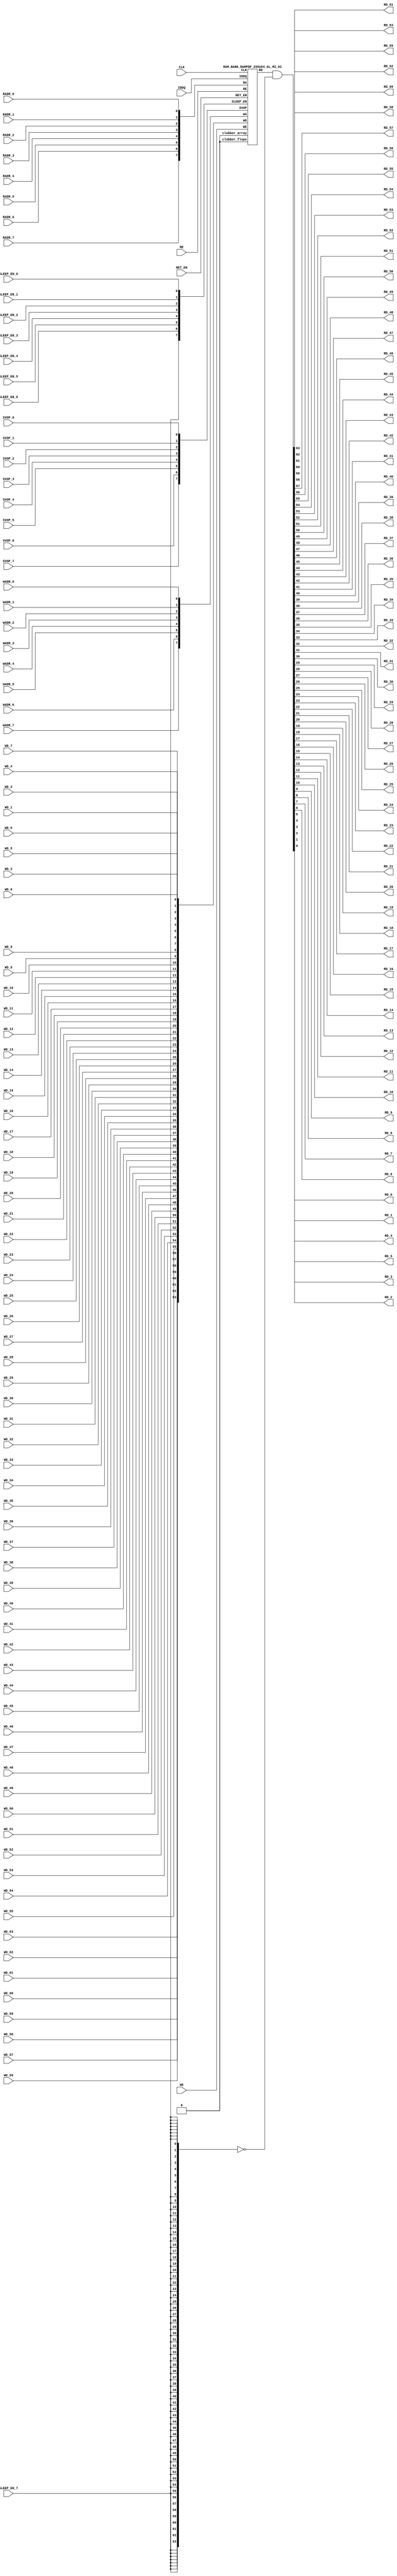
// ================================================================
// NVDLA Open Source Project
//
// Copyright(c) 2016 - 2017 NVIDIA Corporation. Licensed under the
// NVDLA Open Hardware License; Check "LICENSE" which comes with
// this distribution for more information.
// ================================================================
`ifdef EMULATION
 `define SYNTHESIS
`endif
`ifndef SYNTHESIS
 `ifdef FAULT_INJECTION
  `define SIM_and_FAULT
 `endif
`endif
`ifndef SYNTHESIS
 `ifdef MONITOR
  `define SIM_and_MONITOR
 `endif
`endif
`ifndef SYNTHESIS
`timescale 10ps/1ps
`endif
`celldefine
module RAMPDP_256X64_GL_M2_D2 ( WE, CLK, IDDQ, SVOP_0, SVOP_1, SVOP_2, SVOP_3, SVOP_4, SVOP_5, SVOP_6, SVOP_7
,WD_63, WD_62, WD_61, WD_60, WD_59, WD_58, WD_57, WD_56, WD_55, WD_54, WD_53, WD_52, WD_51, WD_50, WD_49, WD_48, WD_47, WD_46, WD_45, WD_44, WD_43, WD_42, WD_41, WD_40, WD_39, WD_38, WD_37, WD_36, WD_35, WD_34, WD_33, WD_32, WD_31, WD_30, WD_29, WD_28, WD_27, WD_26, WD_25, WD_24, WD_23, WD_22, WD_21, WD_20, WD_19, WD_18, WD_17, WD_16, WD_15, WD_14, WD_13, WD_12, WD_11, WD_10, WD_9, WD_8, WD_7, WD_6, WD_5, WD_4, WD_3, WD_2, WD_1, WD_0,RD_63, RD_62, RD_61, RD_60, RD_59, RD_58, RD_57, RD_56, RD_55, RD_54, RD_53, RD_52, RD_51, RD_50, RD_49, RD_48, RD_47, RD_46, RD_45, RD_44, RD_43, RD_42, RD_41, RD_40, RD_39, RD_38, RD_37, RD_36, RD_35, RD_34, RD_33, RD_32, RD_31, RD_30, RD_29, RD_28, RD_27, RD_26, RD_25, RD_24, RD_23, RD_22, RD_21, RD_20, RD_19, RD_18, RD_17, RD_16, RD_15, RD_14, RD_13, RD_12, RD_11, RD_10, RD_9, RD_8, RD_7, RD_6, RD_5, RD_4, RD_3, RD_2, RD_1, RD_0, RE
, RADR_7, RADR_6, RADR_5, RADR_4, RADR_3, RADR_2, RADR_1, RADR_0, WADR_7, WADR_6, WADR_5, WADR_4, WADR_3, WADR_2, WADR_1, WADR_0, SLEEP_EN_7, SLEEP_EN_6, SLEEP_EN_5, SLEEP_EN_4, SLEEP_EN_3, SLEEP_EN_2, SLEEP_EN_1, SLEEP_EN_0, RET_EN
);
// nvProps NoBus SLEEP_EN_
`ifndef RAM_INTERFACE
`ifndef SYNTHESIS
// Physical ram size defined as localparam
parameter phy_rows = 128;
parameter phy_cols = 128;
parameter phy_rcols_pos = 128'b00000000000000000000000000000000000000000000000000000000000000000000000000000000000000000000000000000000000000000000000000000000;
`endif //SYNTHESIS
`endif //RAM_INTERFACE
// Test mode control ports
input IDDQ;
// Clock port
input CLK;
// SVOP ports
input SVOP_0, SVOP_1, SVOP_2, SVOP_3, SVOP_4, SVOP_5, SVOP_6, SVOP_7;
// Write data ports
input WD_63, WD_62, WD_61, WD_60, WD_59, WD_58, WD_57, WD_56, WD_55, WD_54, WD_53, WD_52, WD_51, WD_50, WD_49, WD_48, WD_47, WD_46, WD_45, WD_44, WD_43, WD_42, WD_41, WD_40, WD_39, WD_38, WD_37, WD_36, WD_35, WD_34, WD_33, WD_32, WD_31, WD_30, WD_29, WD_28, WD_27, WD_26, WD_25, WD_24, WD_23, WD_22, WD_21, WD_20, WD_19, WD_18, WD_17, WD_16, WD_15, WD_14, WD_13, WD_12, WD_11, WD_10, WD_9, WD_8, WD_7, WD_6, WD_5, WD_4, WD_3, WD_2, WD_1, WD_0;
// Read data ports
output RD_63, RD_62, RD_61, RD_60, RD_59, RD_58, RD_57, RD_56, RD_55, RD_54, RD_53, RD_52, RD_51, RD_50, RD_49, RD_48, RD_47, RD_46, RD_45, RD_44, RD_43, RD_42, RD_41, RD_40, RD_39, RD_38, RD_37, RD_36, RD_35, RD_34, RD_33, RD_32, RD_31, RD_30, RD_29, RD_28, RD_27, RD_26, RD_25, RD_24, RD_23, RD_22, RD_21, RD_20, RD_19, RD_18, RD_17, RD_16, RD_15, RD_14, RD_13, RD_12, RD_11, RD_10, RD_9, RD_8, RD_7, RD_6, RD_5, RD_4, RD_3, RD_2, RD_1, RD_0;
// Read enable ports
input RE;
// Write enable ports
input WE;
// Read address ports
input RADR_7, RADR_6, RADR_5, RADR_4, RADR_3, RADR_2, RADR_1, RADR_0;
// Write address ports
input WADR_7, WADR_6, WADR_5, WADR_4, WADR_3, WADR_2, WADR_1, WADR_0;
// PG Zone enables
input SLEEP_EN_0, SLEEP_EN_1, SLEEP_EN_2, SLEEP_EN_3, SLEEP_EN_4, SLEEP_EN_5, SLEEP_EN_6, SLEEP_EN_7, RET_EN;
`ifndef RAM_INTERFACE
wire VDD = 1'b1;
wire GND = 1'b0;
// Combine the sleep enable pins into one bus
 wire [7:0] SLEEP_EN = {SLEEP_EN_7, SLEEP_EN_6, SLEEP_EN_5, SLEEP_EN_4, SLEEP_EN_3, SLEEP_EN_2, SLEEP_EN_1, SLEEP_EN_0};
// Signal to clamp the outputs when the VDD is power gated off.
 wire clamp_rd = SLEEP_EN[7] ;
// State point clobering signals
// X-out state points when their power goes out
    wire clobber_x;
`ifndef SYNTHESIS
`ifdef DISABLE_REPAIR_X
    wire check_x = (RET_EN ^ (^SLEEP_EN[7:0]) ^ SVOP_0 ^ SVOP_1 ^ SVOP_2 ^ SVOP_3 ^ SVOP_4 ^ SVOP_5 ^ SVOP_6 ^ SVOP_7);
`else
    wire check_x = (RET_EN ^ (^SLEEP_EN[7:0]) ^ SVOP_0 ^ SVOP_1 ^ SVOP_2 ^ SVOP_3 ^ SVOP_4 ^ SVOP_5 ^ SVOP_6 ^ SVOP_7 );
`endif
    assign clobber_x = ((check_x === 1'bx) || (check_x === 1'bz))?1'b1:1'b0;
    wire clobber_array = (~RET_EN & (|SLEEP_EN[3:0])) | clobber_x;
    wire clobber_flops = (|SLEEP_EN[7:4]) | clobber_x ;
`else //SYNTHESIS
    wire clobber_array = 1'b0;
    wire clobber_flops = 1'b0;
    assign clobber_x = 1'b0;
`endif //SYNTHESIS 
// Output valid signal
// Outputs are unknown in non-retention mode if VDDM is powered up , but VDD is not
    wire outvalid;
 assign outvalid = ~(clobber_x | (~RET_EN & (|SLEEP_EN[3:0]) & (|(~SLEEP_EN[7:4]))));
//assemble & rename wires
// Extend the MSB's of the read/write addresses to cover all the flop inputs
// The number of address flops is fixed. Also combine all the individual *_* bits into one bus
 wire [7:0] RA = {RADR_7, RADR_6, RADR_5, RADR_4, RADR_3, RADR_2, RADR_1, RADR_0};
 wire [7:0] WA = {WADR_7, WADR_6, WADR_5, WADR_4, WADR_3, WADR_2, WADR_1, WADR_0};
// Combine all the write data input bits
 wire [63:0] WD = {WD_63, WD_62, WD_61, WD_60, WD_59, WD_58, WD_57, WD_56, WD_55, WD_54, WD_53, WD_52, WD_51, WD_50, WD_49, WD_48, WD_47, WD_46, WD_45, WD_44, WD_43, WD_42, WD_41, WD_40, WD_39, WD_38, WD_37, WD_36, WD_35, WD_34, WD_33, WD_32, WD_31, WD_30, WD_29, WD_28, WD_27, WD_26, WD_25, WD_24, WD_23, WD_22, WD_21, WD_20, WD_19, WD_18, WD_17, WD_16, WD_15, WD_14, WD_13, WD_12, WD_11, WD_10, WD_9, WD_8, WD_7, WD_6, WD_5, WD_4, WD_3, WD_2, WD_1, WD_0};
 wire [63:0] RD;
// Expand the read data bus into individual output bits
// assign {RD_63, RD_62, RD_61, RD_60, RD_59, RD_58, RD_57, RD_56, RD_55, RD_54, RD_53, RD_52, RD_51, RD_50, RD_49, RD_48, RD_47, RD_46, RD_45, RD_44, RD_43, RD_42, RD_41, RD_40, RD_39, RD_38, RD_37, RD_36, RD_35, RD_34, RD_33, RD_32, RD_31, RD_30, RD_29, RD_28, RD_27, RD_26, RD_25, RD_24, RD_23, RD_22, RD_21, RD_20, RD_19, RD_18, RD_17, RD_16, RD_15, RD_14, RD_13, RD_12, RD_11, RD_10, RD_9, RD_8, RD_7, RD_6, RD_5, RD_4, RD_3, RD_2, RD_1, RD_0} = (outvalid) ? RD : 64'bx;
// Do the read data swizzing based on the number of words and bits.
`ifndef SYNTHESIS
 assign {RD_63, RD_62, RD_61, RD_60, RD_59, RD_58, RD_57, RD_56, RD_55, RD_54, RD_53, RD_52, RD_51, RD_50, RD_49, RD_48, RD_47, RD_46, RD_45, RD_44, RD_43, RD_42, RD_41, RD_40, RD_39, RD_38, RD_37, RD_36, RD_35, RD_34, RD_33, RD_32, RD_31, RD_30, RD_29, RD_28, RD_27, RD_26, RD_25, RD_24, RD_23, RD_22, RD_21, RD_20, RD_19, RD_18, RD_17, RD_16, RD_15, RD_14, RD_13, RD_12, RD_11, RD_10, RD_9, RD_8, RD_7, RD_6, RD_5, RD_4, RD_3, RD_2, RD_1, RD_0} = (outvalid) ? RD & ~{64{clamp_rd}} : 64'bx;
`else
 assign {RD_63, RD_62, RD_61, RD_60, RD_59, RD_58, RD_57, RD_56, RD_55, RD_54, RD_53, RD_52, RD_51, RD_50, RD_49, RD_48, RD_47, RD_46, RD_45, RD_44, RD_43, RD_42, RD_41, RD_40, RD_39, RD_38, RD_37, RD_36, RD_35, RD_34, RD_33, RD_32, RD_31, RD_30, RD_29, RD_28, RD_27, RD_26, RD_25, RD_24, RD_23, RD_22, RD_21, RD_20, RD_19, RD_18, RD_17, RD_16, RD_15, RD_14, RD_13, RD_12, RD_11, RD_10, RD_9, RD_8, RD_7, RD_6, RD_5, RD_4, RD_3, RD_2, RD_1, RD_0} = RD & ~{64{clamp_rd}};
`endif
 wire [7:0] SVOP = {SVOP_7, SVOP_6, SVOP_5, SVOP_4, SVOP_3, SVOP_2, SVOP_1, SVOP_0};
`ifndef EMULATION
// Instantiate memory bank
// This block defines the core functionality of the rams.
 RAM_BANK_RAMPDP_256X64_GL_M2_D2 ITOP ( WE, CLK, IDDQ, SVOP, WD, RD, RE, RA, WA
, SLEEP_EN
, RET_EN, clobber_array , clobber_flops
);
`ifndef SYNTHESIS
// Tasks for initializing the arrays
//VCS coverage off
always @(clobber_array) begin : clobber_array_block
    integer i;
    if (clobber_array) begin
     for (i=0; i<256; i=i+1) begin
       mem_wr_raw(i, {64{1'bx}});
  end
    end
end
always @(clobber_flops) begin
  if (clobber_flops) begin
      ITOP.RE_LATB <= 1'bx;
      ITOP.RE_FF <= 1'bx;
      ITOP.WE_LATB <= 1'bx;
      ITOP.WE_FF <= 1'bx;
      ITOP.RADR <= 8'bx;
      ITOP.WADR <= 8'bx;
      ITOP.WAFF <= 8'bx;
      ITOP.WDQ_pr <= 64'bx;
      ITOP.dout <= 64'bx;
  end
end
//VCS coverage on
//VCS coverage off
task mem_wr_raw;
  input [7:0] addr;
  input [63:0] data;
  begin
    if (addr[0] == 1'b0)
        ITOP.iow0.mem_wr_raw_subbank(addr[7:1], data);
    else if (addr[0] == 1'b1)
        ITOP.iow1.mem_wr_raw_subbank(addr[7:1], data);
  end
endtask
// Ramgen function for writing the arrays
task mem_write;
  input [7:0] addr;
  input [63:0] data;
  begin
    ITOP.mem_write_bank(addr,data);
  end
endtask
// Ramgen function for reading the arrays
function [63:0] mem_read;
input [7:0] addr;
  begin
        mem_read = ITOP.mem_read_bank(addr);
  end
endfunction
// Random only generates 32 bit value.
// If nbits > 32, call it multiple times
// Old random fill fills all memory locations with same random value
task mem_fill_random;
 reg [63:0] val;
 integer i;
 begin
  for (i=0; i<256; i=i+1) begin
      val = {$random, $random};
      mem_wr_raw(i, val);
  end
 end
endtask
// Fill the memory with a given bit value
task mem_fill_value;
    input fill_bit;
 reg [63:0] val;
    integer i;
    begin
        val = {64{fill_bit}};
        for (i=0; i<256; i=i+1) begin
      mem_wr_raw(i, val);
        end
    end
endtask
// read logical address and feed into salat
task force_rd;
input [7:0] addr;
 reg [63:0] rd;
 `ifdef USE_RAMINIT_LIBS
 reg raminit_active, raminit_argcheck, raminit_debug, raminit_enable, raminit_random, raminit_invert,
     raminit_val, raminit_waitclock, raminit_use_force;
 real raminit_delay_ns, raminit_waitclock_check_ns;
 initial
 begin
   raminit_active = 0; // default is inactive (plusarg to active the ram init functionality)
   raminit_argcheck = 0; // default is no plusargs check (apart from raminit_active and raminit_argcheck)
   raminit_debug = 0; // default is no debug messages
   raminit_enable = 0; // default is no init (variable indicating if the ram init functionality is enabled for this instance)
   raminit_random = 0; // default is no random init
   raminit_invert = 0; // default is not to invert the init value
   raminit_val = 0; // default init value is zero
   raminit_waitclock = 0; // default is not to wait to clock to be non-X
   raminit_use_force = 1; // default is to use force/release
   raminit_delay_ns = `ifdef NV_TOP_RESET_ON_DELAY (`NV_TOP_RESET_ON_DELAY+2) `else 3 `endif; // default is 2ns after nv_top_reset_ goes low or ram clock is not X
   raminit_waitclock_check_ns = `ifdef NV_TOP_RESET_OFF_DELAY (`NV_TOP_RESET_OFF_DELAY) `else 0 `endif; // default is when nv_top_reset_ goes high
   $value$plusargs("raminit_active=%d", raminit_active);
   $value$plusargs("raminit_argcheck=%d", raminit_argcheck);
   if (raminit_argcheck)
   begin
// The following variables are not usually used as plusargs, but instead set through add_inst_array calls or the init_inst_file.
     $value$plusargs("raminit_debug=%d", raminit_debug);
     $value$plusargs("raminit_enable=%d", raminit_enable);
     $value$plusargs("raminit_random=%d", raminit_random);
     $value$plusargs("raminit_invert=%d", raminit_invert);
     $value$plusargs("raminit_val=%d", raminit_val);
     $value$plusargs("raminit_waitclock=%d", raminit_waitclock);
     $value$plusargs("raminit_delay_ns=%f", raminit_delay_ns);
     $value$plusargs("raminit_waitclock_check_ns=%f", raminit_waitclock_check_ns);
     $value$plusargs("raminit_use_force=%d", raminit_use_force);
   end
   `ifdef INST_CHECK
   `INST_CHECK(ram_inst_check0,raminit_active,raminit_debug,raminit_enable,raminit_random,raminit_val,raminit_invert,raminit_waitclock,raminit_delay_ns,raminit_waitclock_check_ns);
   `endif
   if (!raminit_active) raminit_enable = 0;
   else if (raminit_enable)
   begin
     if (raminit_random) raminit_val = `ifdef NO_PLI 1'b0 `else $RollPLI(0,1) `endif;
     if (raminit_invert) raminit_val = ~raminit_val;
   end
   if (raminit_debug)
   begin
     $display("%m: raminit_active              = %d", raminit_active);
     $display("%m: raminit_argcheck            = %d", raminit_argcheck);
     $display("%m: raminit_debug               = %d", raminit_debug);
     $display("%m: raminit_enable              = %d", raminit_enable);
     $display("%m: raminit_random              = %d", raminit_random);
     $display("%m: raminit_invert              = %d", raminit_invert);
     $display("%m: raminit_val                 = %d", raminit_val);
     $display("%m: raminit_waitclock           = %d", raminit_waitclock);
     $display("%m: raminit_delay_ns            = %f ns", raminit_delay_ns);
     $display("%m: raminit_waitclock_check_ns  = %f ns", raminit_waitclock_check_ns);
     $display("%m: raminit_use_force           = %d", raminit_use_force);
   end
 end
 `endif
 `ifdef USE_RAMINIT_LIBS
// init rd
 task init_rd_regs;
 begin
   #0; // wait for raminit variables to be set
   if (raminit_enable)
   begin : raminit_val_blk
     reg [64-1:0] raminit_fullval;
     if (raminit_random) raminit_fullval = `ifdef NO_PLI {64 {1'b1}} `else { $RollPLI(0,{32{1'b1}}), $RollPLI(0,{32{1'b1}}) } `endif ;
     else raminit_fullval = {64 {raminit_val}};
     if (raminit_invert) raminit_fullval = ~raminit_fullval;
     if (raminit_use_force) force rd = raminit_fullval;
     if (raminit_waitclock) wait ( !== 1'bx);
     #(raminit_delay_ns*100);
     `ifdef INST_WAITCLOCK_CHECK
     `INST_WAITCLOCK_CHECK(waitclock_inst_check0,raminit_waitclock,raminit_waitclock_check_ns,100)
     `endif
     if (raminit_use_force) release rd;
     rd = raminit_fullval;
   end
 end
 endtask
 initial begin init_rd_regs(); end
 `ifdef RAMINIT_TRIGGER
 always @(`RAMINIT_TRIGGER) init_rd_regs();
 `endif
 `endif // `ifdef USE_RAMINIT_LIBS
 begin
        if (addr[0] == 1'b0)
            rd = ITOP.iow0.mem_read_raw_subbank(addr[7:1]);
        else if (addr[0] == 1'b1)
            rd = ITOP.iow1.mem_read_raw_subbank(addr[7:1]);
  ITOP.dout = rd;
 end
endtask
`ifdef MEM_PHYS_INFO
//function for physical array read row, takes physical address
function [127:0] mem_phys_read_padr;
input [6:0] addr;
 reg [127:0] rd_row;
 `ifdef USE_RAMINIT_LIBS
// init rd_row
 task init_rd_row_regs;
 begin
   #0; // wait for raminit variables to be set
   if (raminit_enable)
   begin : raminit_val_blk
     reg [128-1:0] raminit_fullval;
     if (raminit_random) raminit_fullval = `ifdef NO_PLI {128 {1'b1}} `else { $RollPLI(0,{32{1'b1}}), $RollPLI(0,{32{1'b1}}), $RollPLI(0,{32{1'b1}}), $RollPLI(0,{32{1'b1}}) } `endif ;
     else raminit_fullval = {128 {raminit_val}};
     if (raminit_invert) raminit_fullval = ~raminit_fullval;
     if (raminit_use_force) force rd_row = raminit_fullval;
     if (raminit_waitclock) wait ( !== 1'bx);
     #(raminit_delay_ns*100);
     `ifdef INST_WAITCLOCK_CHECK
     `INST_WAITCLOCK_CHECK(waitclock_inst_check1,raminit_waitclock,raminit_waitclock_check_ns,100)
     `endif
     if (raminit_use_force) release rd_row;
     rd_row = raminit_fullval;
   end
 end
 endtask
 initial begin init_rd_row_regs(); end
 `ifdef RAMINIT_TRIGGER
 always @(`RAMINIT_TRIGGER) init_rd_row_regs();
 `endif
 `endif // `ifdef USE_RAMINIT_LIBS
 reg [63:0] rd[1:0];
 integer i;
 begin
        rd[0] = ITOP.iow0.mem_read_raw_subbank(addr);
        rd[1] = ITOP.iow1.mem_read_raw_subbank(addr);
        for (i=0; i<=63; i=i+1) begin
            rd_row[i*2+0] = rd[0][i];
            rd_row[i*2+1] = rd[1][i];
  end
  mem_phys_read_padr = rd_row;
 end
endfunction
//function for physical array read row, takes logical address
function [127:0] mem_phys_read_ladr;
input [7:0] addr;
    reg [6:0] paddr;
 reg [127:0] rd_row;
 `ifdef USE_RAMINIT_LIBS
// init rd_row
 task init_rd_row_regs;
 begin
   #0; // wait for raminit variables to be set
   if (raminit_enable)
   begin : raminit_val_blk
     reg [128-1:0] raminit_fullval;
     if (raminit_random) raminit_fullval = `ifdef NO_PLI {128 {1'b1}} `else { $RollPLI(0,{32{1'b1}}), $RollPLI(0,{32{1'b1}}), $RollPLI(0,{32{1'b1}}), $RollPLI(0,{32{1'b1}}) } `endif ;
     else raminit_fullval = {128 {raminit_val}};
     if (raminit_invert) raminit_fullval = ~raminit_fullval;
     if (raminit_use_force) force rd_row = raminit_fullval;
     if (raminit_waitclock) wait ( !== 1'bx);
     #(raminit_delay_ns*100);
     `ifdef INST_WAITCLOCK_CHECK
     `INST_WAITCLOCK_CHECK(waitclock_inst_check2,raminit_waitclock,raminit_waitclock_check_ns,100)
     `endif
     if (raminit_use_force) release rd_row;
     rd_row = raminit_fullval;
   end
 end
 endtask
 initial begin init_rd_row_regs(); end
 `ifdef RAMINIT_TRIGGER
 always @(`RAMINIT_TRIGGER) init_rd_row_regs();
 `endif
 `endif // `ifdef USE_RAMINIT_LIBS
 reg [63:0] rd[1:0];
 integer i;
 begin
        paddr = (addr >> 1);
        rd[0] = ITOP.iow0.mem_read_raw_subbank(paddr);
        rd[1] = ITOP.iow1.mem_read_raw_subbank(paddr);
        for (i=0; i<=63; i=i+1) begin
            rd_row[i*2+0] = rd[0][i];
            rd_row[i*2+1] = rd[1][i];
  end
  mem_phys_read_ladr = rd_row;
 end
endfunction
//function for physical array read row with column masking, takes logical address
function [127:0] mem_phys_read_pmasked;
input [7:0] addr;
   reg [127:0] rd_row;
   `ifdef USE_RAMINIT_LIBS
// init rd_row
   task init_rd_row_regs;
   begin
     #0; // wait for raminit variables to be set
     if (raminit_enable)
     begin : raminit_val_blk
       reg [128-1:0] raminit_fullval;
       if (raminit_random) raminit_fullval = `ifdef NO_PLI {128 {1'b1}} `else { $RollPLI(0,{32{1'b1}}), $RollPLI(0,{32{1'b1}}), $RollPLI(0,{32{1'b1}}), $RollPLI(0,{32{1'b1}}) } `endif ;
       else raminit_fullval = {128 {raminit_val}};
       if (raminit_invert) raminit_fullval = ~raminit_fullval;
       if (raminit_use_force) force rd_row = raminit_fullval;
       if (raminit_waitclock) wait ( !== 1'bx);
       #(raminit_delay_ns*100);
       `ifdef INST_WAITCLOCK_CHECK
       `INST_WAITCLOCK_CHECK(waitclock_inst_check3,raminit_waitclock,raminit_waitclock_check_ns,100)
       `endif
       if (raminit_use_force) release rd_row;
       rd_row = raminit_fullval;
     end
   end
   endtask
   initial begin init_rd_row_regs(); end
   `ifdef RAMINIT_TRIGGER
   always @(`RAMINIT_TRIGGER) init_rd_row_regs();
   `endif
   `endif // `ifdef USE_RAMINIT_LIBS
   reg [63:0] rd[1 : 0];
   integer i;
   begin
        rd[0] = (addr[0:0] === 0) ? ITOP.iow0.mem_read_raw_subbank(addr[7:1]) : 64'bx;
        rd[1] = (addr[0:0] === 1) ? ITOP.iow1.mem_read_raw_subbank(addr[7:1]) : 64'bx;
        for (i=0; i<=63; i=i+1) begin
            rd_row[i*2+0] = rd[0][i];
            rd_row[i*2+1] = rd[1][i];
        end
        mem_phys_read_pmasked = rd_row;
    end
endfunction
//Task for physical array write row, takes physical address
task mem_phys_write;
input [6:0] addr;
input [127:0] data;
 reg [63:0] wr[1:0];
 integer i;
 begin
        for (i=0; i<=63; i=i+1) begin
            wr[0][i] = data[i*2+0];
            wr[1][i] = data[i*2+1];
  end
        ITOP.iow0.mem_wr_raw_subbank(addr,wr[0]);
        ITOP.iow1.mem_wr_raw_subbank(addr,wr[1]);
 end
endtask
// Function to return a physical address given a logical address input.
function [6:0] mem_log_to_phys_adr;
input [7:0] addr;
    begin
        mem_log_to_phys_adr = (addr >> 1) ;
    end
endfunction
`endif //MEM_PHYS_INFO
`ifdef MONITOR
// Monitor dump trigger
reg dump_monitor_result;
initial begin : init_monitor
  dump_monitor_result = 1'b0;
end
task monitor_on;
    begin
  ITOP.iow0.monitor_on = 1'b1;
  ITOP.iow1.monitor_on = 1'b1;
   end
endtask
task monitor_off;
    begin
  ITOP.iow0.monitor_on = 1'b0;
  ITOP.iow1.monitor_on = 1'b0;
        dump_monitor_result = 1'b1;
    end
endtask
// read bit_written monitor row by physical address from subarray
function [127:0] mon_bit_w;
input [6:0] addr;
 reg [127:0] mon_row;
 reg [63:0] mon_word[1:0];
 integer i;
 begin
// read all monitor words for a row
  mon_word[0] = ITOP.iow0.bit_written[addr];
  mon_word[1] = ITOP.iow1.bit_written[addr];
// combine all 2 words to a row
  for (i=0; i<=63; i=i+1) begin
   mon_row[i*2+0] = mon_word[0][i];
   mon_row[i*2+1] = mon_word[1][i];
  end
  mon_bit_w = mon_row;
 end
endfunction
// read bit_read monitor word by address from subarray
function [127:0] mon_bit_r;
input [6:0] addr;
 reg [127:0] mon_row;
 reg [63:0] mon_word[1:0];
 integer i;
 begin
// read all monitor words for a row
  mon_word[0] = ITOP.iow0.bit_read[addr];
  mon_word[1] = ITOP.iow1.bit_read[addr];
// combine all 2 words to a row
  for (i=0; i<=63; i=i+1) begin
   mon_row[i*2+0] = mon_word[0][i];
   mon_row[i*2+1] = mon_word[1][i];
  end
  mon_bit_r = mon_row;
 end
endfunction
// read word_written monitor row by physical address from subarray
function mon_word_w;
input [6:0] addr;
 reg mon_word[1:0];
 integer i;
 begin
// read all monitor words for a row
  mon_word[0] = ITOP.iow0.word_written[addr];
  mon_word[1] = ITOP.iow1.word_written[addr];
// combine all 2 words to a row
  mon_word_w = mon_word[0] | mon_word[1] ;
 end
endfunction
// read word_read monitor row by physical address from subarray
function mon_word_r;
input [6:0] addr;
 reg mon_word[1:0];
 integer i;
 begin
// read all monitor words for a row
  mon_word[0] = ITOP.iow0.word_read[addr];
  mon_word[1] = ITOP.iow1.word_read[addr];
// combine all 2 words to a row
  mon_word_r = mon_word[0] | mon_word[1] ;
 end
endfunction
always @(dump_monitor_result) begin : dump_monitor
 integer i;
 integer j;
 reg [127:0] tmp_row;
    reg tmp_bit;
 if (dump_monitor_result == 1'b1) begin
     $display("Exercised coverage summary:");
        $display("\t%m rows unwritten:");
        for(i=0;i<=128;i=i+1) begin
   tmp_bit = mon_word_w(i);
            if (tmp_bit !== 1) $display("\t\trow %d", i);
  end
        $display("\t%m rows unread:");
        for(i=0;i<=128;i=i+1) begin
   tmp_bit = mon_word_r(i);
            if (tmp_bit !== 1) $display("\t\trow %d", i);
  end
  $display("\t%m bits not written as 0:");
  for (i=0; i<128; i=i+1) begin
   tmp_row = mon_bit_w(i);
   for (j=0; j<128; j=j+1) begin
    if (tmp_row[j] !== 1'b0 && tmp_row[j] !== 1'bz) $display("\t\t[row,bit] [%d,%d]", i, j);
   end
  end
  $display("\t%m bits not written as 1:");
  for (i=0; i<128; i=i+1) begin
   tmp_row = mon_bit_w(i);
   for (j=0; j<128; j=j+1) begin
    if (tmp_row[j] !== 1'b1 && tmp_row[j] !== 1'bz) $display("\t\t[row,bit] [%d,%d]", i, j);
   end
  end
  $display("\t%m bits not read as 0:");
  for (i=0; i<128; i=i+1) begin
   tmp_row = mon_bit_r(i);
   for (j=0; j<128; j=j+1) begin
    if (tmp_row[j] !== 1'b0 && tmp_row[j] !== 1'bz) $display("\t\t[row,bit] [%d,%d]", i, j);
   end
  end
  $display("\t%m bits not read as 1:");
  for (i=0; i<128; i=i+1) begin
   tmp_row = mon_bit_r(i);
   for (j=0; j<128; j=j+1) begin
    if (tmp_row[j] !== 1'b1 && tmp_row[j] !== 1'bz) $display("\t\t[row,bit] [%d,%d]", i, j);
   end
  end
  dump_monitor_result = 1'b0;
 end
end
//VCS coverage on
`endif // MONITOR
`ifdef NV_RAM_EXPAND_ARRAY
wire [63:0] Q_0 = ITOP.iow0.arr[0];
wire [63:0] Q_1 = ITOP.iow1.arr[0];
wire [63:0] Q_2 = ITOP.iow0.arr[1];
wire [63:0] Q_3 = ITOP.iow1.arr[1];
wire [63:0] Q_4 = ITOP.iow0.arr[2];
wire [63:0] Q_5 = ITOP.iow1.arr[2];
wire [63:0] Q_6 = ITOP.iow0.arr[3];
wire [63:0] Q_7 = ITOP.iow1.arr[3];
wire [63:0] Q_8 = ITOP.iow0.arr[4];
wire [63:0] Q_9 = ITOP.iow1.arr[4];
wire [63:0] Q_10 = ITOP.iow0.arr[5];
wire [63:0] Q_11 = ITOP.iow1.arr[5];
wire [63:0] Q_12 = ITOP.iow0.arr[6];
wire [63:0] Q_13 = ITOP.iow1.arr[6];
wire [63:0] Q_14 = ITOP.iow0.arr[7];
wire [63:0] Q_15 = ITOP.iow1.arr[7];
wire [63:0] Q_16 = ITOP.iow0.arr[8];
wire [63:0] Q_17 = ITOP.iow1.arr[8];
wire [63:0] Q_18 = ITOP.iow0.arr[9];
wire [63:0] Q_19 = ITOP.iow1.arr[9];
wire [63:0] Q_20 = ITOP.iow0.arr[10];
wire [63:0] Q_21 = ITOP.iow1.arr[10];
wire [63:0] Q_22 = ITOP.iow0.arr[11];
wire [63:0] Q_23 = ITOP.iow1.arr[11];
wire [63:0] Q_24 = ITOP.iow0.arr[12];
wire [63:0] Q_25 = ITOP.iow1.arr[12];
wire [63:0] Q_26 = ITOP.iow0.arr[13];
wire [63:0] Q_27 = ITOP.iow1.arr[13];
wire [63:0] Q_28 = ITOP.iow0.arr[14];
wire [63:0] Q_29 = ITOP.iow1.arr[14];
wire [63:0] Q_30 = ITOP.iow0.arr[15];
wire [63:0] Q_31 = ITOP.iow1.arr[15];
wire [63:0] Q_32 = ITOP.iow0.arr[16];
wire [63:0] Q_33 = ITOP.iow1.arr[16];
wire [63:0] Q_34 = ITOP.iow0.arr[17];
wire [63:0] Q_35 = ITOP.iow1.arr[17];
wire [63:0] Q_36 = ITOP.iow0.arr[18];
wire [63:0] Q_37 = ITOP.iow1.arr[18];
wire [63:0] Q_38 = ITOP.iow0.arr[19];
wire [63:0] Q_39 = ITOP.iow1.arr[19];
wire [63:0] Q_40 = ITOP.iow0.arr[20];
wire [63:0] Q_41 = ITOP.iow1.arr[20];
wire [63:0] Q_42 = ITOP.iow0.arr[21];
wire [63:0] Q_43 = ITOP.iow1.arr[21];
wire [63:0] Q_44 = ITOP.iow0.arr[22];
wire [63:0] Q_45 = ITOP.iow1.arr[22];
wire [63:0] Q_46 = ITOP.iow0.arr[23];
wire [63:0] Q_47 = ITOP.iow1.arr[23];
wire [63:0] Q_48 = ITOP.iow0.arr[24];
wire [63:0] Q_49 = ITOP.iow1.arr[24];
wire [63:0] Q_50 = ITOP.iow0.arr[25];
wire [63:0] Q_51 = ITOP.iow1.arr[25];
wire [63:0] Q_52 = ITOP.iow0.arr[26];
wire [63:0] Q_53 = ITOP.iow1.arr[26];
wire [63:0] Q_54 = ITOP.iow0.arr[27];
wire [63:0] Q_55 = ITOP.iow1.arr[27];
wire [63:0] Q_56 = ITOP.iow0.arr[28];
wire [63:0] Q_57 = ITOP.iow1.arr[28];
wire [63:0] Q_58 = ITOP.iow0.arr[29];
wire [63:0] Q_59 = ITOP.iow1.arr[29];
wire [63:0] Q_60 = ITOP.iow0.arr[30];
wire [63:0] Q_61 = ITOP.iow1.arr[30];
wire [63:0] Q_62 = ITOP.iow0.arr[31];
wire [63:0] Q_63 = ITOP.iow1.arr[31];
wire [63:0] Q_64 = ITOP.iow0.arr[32];
wire [63:0] Q_65 = ITOP.iow1.arr[32];
wire [63:0] Q_66 = ITOP.iow0.arr[33];
wire [63:0] Q_67 = ITOP.iow1.arr[33];
wire [63:0] Q_68 = ITOP.iow0.arr[34];
wire [63:0] Q_69 = ITOP.iow1.arr[34];
wire [63:0] Q_70 = ITOP.iow0.arr[35];
wire [63:0] Q_71 = ITOP.iow1.arr[35];
wire [63:0] Q_72 = ITOP.iow0.arr[36];
wire [63:0] Q_73 = ITOP.iow1.arr[36];
wire [63:0] Q_74 = ITOP.iow0.arr[37];
wire [63:0] Q_75 = ITOP.iow1.arr[37];
wire [63:0] Q_76 = ITOP.iow0.arr[38];
wire [63:0] Q_77 = ITOP.iow1.arr[38];
wire [63:0] Q_78 = ITOP.iow0.arr[39];
wire [63:0] Q_79 = ITOP.iow1.arr[39];
wire [63:0] Q_80 = ITOP.iow0.arr[40];
wire [63:0] Q_81 = ITOP.iow1.arr[40];
wire [63:0] Q_82 = ITOP.iow0.arr[41];
wire [63:0] Q_83 = ITOP.iow1.arr[41];
wire [63:0] Q_84 = ITOP.iow0.arr[42];
wire [63:0] Q_85 = ITOP.iow1.arr[42];
wire [63:0] Q_86 = ITOP.iow0.arr[43];
wire [63:0] Q_87 = ITOP.iow1.arr[43];
wire [63:0] Q_88 = ITOP.iow0.arr[44];
wire [63:0] Q_89 = ITOP.iow1.arr[44];
wire [63:0] Q_90 = ITOP.iow0.arr[45];
wire [63:0] Q_91 = ITOP.iow1.arr[45];
wire [63:0] Q_92 = ITOP.iow0.arr[46];
wire [63:0] Q_93 = ITOP.iow1.arr[46];
wire [63:0] Q_94 = ITOP.iow0.arr[47];
wire [63:0] Q_95 = ITOP.iow1.arr[47];
wire [63:0] Q_96 = ITOP.iow0.arr[48];
wire [63:0] Q_97 = ITOP.iow1.arr[48];
wire [63:0] Q_98 = ITOP.iow0.arr[49];
wire [63:0] Q_99 = ITOP.iow1.arr[49];
wire [63:0] Q_100 = ITOP.iow0.arr[50];
wire [63:0] Q_101 = ITOP.iow1.arr[50];
wire [63:0] Q_102 = ITOP.iow0.arr[51];
wire [63:0] Q_103 = ITOP.iow1.arr[51];
wire [63:0] Q_104 = ITOP.iow0.arr[52];
wire [63:0] Q_105 = ITOP.iow1.arr[52];
wire [63:0] Q_106 = ITOP.iow0.arr[53];
wire [63:0] Q_107 = ITOP.iow1.arr[53];
wire [63:0] Q_108 = ITOP.iow0.arr[54];
wire [63:0] Q_109 = ITOP.iow1.arr[54];
wire [63:0] Q_110 = ITOP.iow0.arr[55];
wire [63:0] Q_111 = ITOP.iow1.arr[55];
wire [63:0] Q_112 = ITOP.iow0.arr[56];
wire [63:0] Q_113 = ITOP.iow1.arr[56];
wire [63:0] Q_114 = ITOP.iow0.arr[57];
wire [63:0] Q_115 = ITOP.iow1.arr[57];
wire [63:0] Q_116 = ITOP.iow0.arr[58];
wire [63:0] Q_117 = ITOP.iow1.arr[58];
wire [63:0] Q_118 = ITOP.iow0.arr[59];
wire [63:0] Q_119 = ITOP.iow1.arr[59];
wire [63:0] Q_120 = ITOP.iow0.arr[60];
wire [63:0] Q_121 = ITOP.iow1.arr[60];
wire [63:0] Q_122 = ITOP.iow0.arr[61];
wire [63:0] Q_123 = ITOP.iow1.arr[61];
wire [63:0] Q_124 = ITOP.iow0.arr[62];
wire [63:0] Q_125 = ITOP.iow1.arr[62];
wire [63:0] Q_126 = ITOP.iow0.arr[63];
wire [63:0] Q_127 = ITOP.iow1.arr[63];
wire [63:0] Q_128 = ITOP.iow0.arr[64];
wire [63:0] Q_129 = ITOP.iow1.arr[64];
wire [63:0] Q_130 = ITOP.iow0.arr[65];
wire [63:0] Q_131 = ITOP.iow1.arr[65];
wire [63:0] Q_132 = ITOP.iow0.arr[66];
wire [63:0] Q_133 = ITOP.iow1.arr[66];
wire [63:0] Q_134 = ITOP.iow0.arr[67];
wire [63:0] Q_135 = ITOP.iow1.arr[67];
wire [63:0] Q_136 = ITOP.iow0.arr[68];
wire [63:0] Q_137 = ITOP.iow1.arr[68];
wire [63:0] Q_138 = ITOP.iow0.arr[69];
wire [63:0] Q_139 = ITOP.iow1.arr[69];
wire [63:0] Q_140 = ITOP.iow0.arr[70];
wire [63:0] Q_141 = ITOP.iow1.arr[70];
wire [63:0] Q_142 = ITOP.iow0.arr[71];
wire [63:0] Q_143 = ITOP.iow1.arr[71];
wire [63:0] Q_144 = ITOP.iow0.arr[72];
wire [63:0] Q_145 = ITOP.iow1.arr[72];
wire [63:0] Q_146 = ITOP.iow0.arr[73];
wire [63:0] Q_147 = ITOP.iow1.arr[73];
wire [63:0] Q_148 = ITOP.iow0.arr[74];
wire [63:0] Q_149 = ITOP.iow1.arr[74];
wire [63:0] Q_150 = ITOP.iow0.arr[75];
wire [63:0] Q_151 = ITOP.iow1.arr[75];
wire [63:0] Q_152 = ITOP.iow0.arr[76];
wire [63:0] Q_153 = ITOP.iow1.arr[76];
wire [63:0] Q_154 = ITOP.iow0.arr[77];
wire [63:0] Q_155 = ITOP.iow1.arr[77];
wire [63:0] Q_156 = ITOP.iow0.arr[78];
wire [63:0] Q_157 = ITOP.iow1.arr[78];
wire [63:0] Q_158 = ITOP.iow0.arr[79];
wire [63:0] Q_159 = ITOP.iow1.arr[79];
wire [63:0] Q_160 = ITOP.iow0.arr[80];
wire [63:0] Q_161 = ITOP.iow1.arr[80];
wire [63:0] Q_162 = ITOP.iow0.arr[81];
wire [63:0] Q_163 = ITOP.iow1.arr[81];
wire [63:0] Q_164 = ITOP.iow0.arr[82];
wire [63:0] Q_165 = ITOP.iow1.arr[82];
wire [63:0] Q_166 = ITOP.iow0.arr[83];
wire [63:0] Q_167 = ITOP.iow1.arr[83];
wire [63:0] Q_168 = ITOP.iow0.arr[84];
wire [63:0] Q_169 = ITOP.iow1.arr[84];
wire [63:0] Q_170 = ITOP.iow0.arr[85];
wire [63:0] Q_171 = ITOP.iow1.arr[85];
wire [63:0] Q_172 = ITOP.iow0.arr[86];
wire [63:0] Q_173 = ITOP.iow1.arr[86];
wire [63:0] Q_174 = ITOP.iow0.arr[87];
wire [63:0] Q_175 = ITOP.iow1.arr[87];
wire [63:0] Q_176 = ITOP.iow0.arr[88];
wire [63:0] Q_177 = ITOP.iow1.arr[88];
wire [63:0] Q_178 = ITOP.iow0.arr[89];
wire [63:0] Q_179 = ITOP.iow1.arr[89];
wire [63:0] Q_180 = ITOP.iow0.arr[90];
wire [63:0] Q_181 = ITOP.iow1.arr[90];
wire [63:0] Q_182 = ITOP.iow0.arr[91];
wire [63:0] Q_183 = ITOP.iow1.arr[91];
wire [63:0] Q_184 = ITOP.iow0.arr[92];
wire [63:0] Q_185 = ITOP.iow1.arr[92];
wire [63:0] Q_186 = ITOP.iow0.arr[93];
wire [63:0] Q_187 = ITOP.iow1.arr[93];
wire [63:0] Q_188 = ITOP.iow0.arr[94];
wire [63:0] Q_189 = ITOP.iow1.arr[94];
wire [63:0] Q_190 = ITOP.iow0.arr[95];
wire [63:0] Q_191 = ITOP.iow1.arr[95];
wire [63:0] Q_192 = ITOP.iow0.arr[96];
wire [63:0] Q_193 = ITOP.iow1.arr[96];
wire [63:0] Q_194 = ITOP.iow0.arr[97];
wire [63:0] Q_195 = ITOP.iow1.arr[97];
wire [63:0] Q_196 = ITOP.iow0.arr[98];
wire [63:0] Q_197 = ITOP.iow1.arr[98];
wire [63:0] Q_198 = ITOP.iow0.arr[99];
wire [63:0] Q_199 = ITOP.iow1.arr[99];
wire [63:0] Q_200 = ITOP.iow0.arr[100];
wire [63:0] Q_201 = ITOP.iow1.arr[100];
wire [63:0] Q_202 = ITOP.iow0.arr[101];
wire [63:0] Q_203 = ITOP.iow1.arr[101];
wire [63:0] Q_204 = ITOP.iow0.arr[102];
wire [63:0] Q_205 = ITOP.iow1.arr[102];
wire [63:0] Q_206 = ITOP.iow0.arr[103];
wire [63:0] Q_207 = ITOP.iow1.arr[103];
wire [63:0] Q_208 = ITOP.iow0.arr[104];
wire [63:0] Q_209 = ITOP.iow1.arr[104];
wire [63:0] Q_210 = ITOP.iow0.arr[105];
wire [63:0] Q_211 = ITOP.iow1.arr[105];
wire [63:0] Q_212 = ITOP.iow0.arr[106];
wire [63:0] Q_213 = ITOP.iow1.arr[106];
wire [63:0] Q_214 = ITOP.iow0.arr[107];
wire [63:0] Q_215 = ITOP.iow1.arr[107];
wire [63:0] Q_216 = ITOP.iow0.arr[108];
wire [63:0] Q_217 = ITOP.iow1.arr[108];
wire [63:0] Q_218 = ITOP.iow0.arr[109];
wire [63:0] Q_219 = ITOP.iow1.arr[109];
wire [63:0] Q_220 = ITOP.iow0.arr[110];
wire [63:0] Q_221 = ITOP.iow1.arr[110];
wire [63:0] Q_222 = ITOP.iow0.arr[111];
wire [63:0] Q_223 = ITOP.iow1.arr[111];
wire [63:0] Q_224 = ITOP.iow0.arr[112];
wire [63:0] Q_225 = ITOP.iow1.arr[112];
wire [63:0] Q_226 = ITOP.iow0.arr[113];
wire [63:0] Q_227 = ITOP.iow1.arr[113];
wire [63:0] Q_228 = ITOP.iow0.arr[114];
wire [63:0] Q_229 = ITOP.iow1.arr[114];
wire [63:0] Q_230 = ITOP.iow0.arr[115];
wire [63:0] Q_231 = ITOP.iow1.arr[115];
wire [63:0] Q_232 = ITOP.iow0.arr[116];
wire [63:0] Q_233 = ITOP.iow1.arr[116];
wire [63:0] Q_234 = ITOP.iow0.arr[117];
wire [63:0] Q_235 = ITOP.iow1.arr[117];
wire [63:0] Q_236 = ITOP.iow0.arr[118];
wire [63:0] Q_237 = ITOP.iow1.arr[118];
wire [63:0] Q_238 = ITOP.iow0.arr[119];
wire [63:0] Q_239 = ITOP.iow1.arr[119];
wire [63:0] Q_240 = ITOP.iow0.arr[120];
wire [63:0] Q_241 = ITOP.iow1.arr[120];
wire [63:0] Q_242 = ITOP.iow0.arr[121];
wire [63:0] Q_243 = ITOP.iow1.arr[121];
wire [63:0] Q_244 = ITOP.iow0.arr[122];
wire [63:0] Q_245 = ITOP.iow1.arr[122];
wire [63:0] Q_246 = ITOP.iow0.arr[123];
wire [63:0] Q_247 = ITOP.iow1.arr[123];
wire [63:0] Q_248 = ITOP.iow0.arr[124];
wire [63:0] Q_249 = ITOP.iow1.arr[124];
wire [63:0] Q_250 = ITOP.iow0.arr[125];
wire [63:0] Q_251 = ITOP.iow1.arr[125];
wire [63:0] Q_252 = ITOP.iow0.arr[126];
wire [63:0] Q_253 = ITOP.iow1.arr[126];
wire [63:0] Q_254 = ITOP.iow0.arr[127];
wire [63:0] Q_255 = ITOP.iow1.arr[127];
`endif //NV_RAM_EXPAND_ARRAY
`endif //SYNTHESIS
`ifdef FAULT_INJECTION
// BIST stuck at tasks
// induce faults on columns
//VCS coverage off
task mem_fault_no_write;
input [63:0] fault_mask;
    begin
        ITOP.iow0.mem_fault_no_write_subbank(fault_mask);
        ITOP.iow1.mem_fault_no_write_subbank(fault_mask);
    end
endtask
task mem_fault_stuck_0;
input [63:0] fault_mask;
    begin
        ITOP.iow0.mem_fault_stuck_0_subbank(fault_mask);
        ITOP.iow1.mem_fault_stuck_0_subbank(fault_mask);
    end
endtask
task mem_fault_stuck_1;
input [63:0] fault_mask;
    begin
        ITOP.iow0.mem_fault_stuck_1_subbank(fault_mask);
        ITOP.iow1.mem_fault_stuck_1_subbank(fault_mask);
    end
endtask
task set_bit_fault_stuck_0;
input r;
input c;
integer r;
integer c;
  if ( (r % 2) == 0)
    ITOP.iow0.set_bit_fault_stuck_0_subbank((r/2), c);
  else if ( (r % 2) == 1)
    ITOP.iow1.set_bit_fault_stuck_0_subbank((r/2), c);
endtask
task set_bit_fault_stuck_1;
input r;
input c;
integer r;
integer c;
    if ( (r % 2) == 0)
    ITOP.iow0.set_bit_fault_stuck_1_subbank((r/2), c);
  else if ( (r % 2) == 1)
    ITOP.iow1.set_bit_fault_stuck_1_subbank((r/2), c);
endtask
task clear_bit_fault_stuck_0;
input r;
input c;
integer r;
integer c;
  if ( (r % 2) == 0)
    ITOP.iow0.clear_bit_fault_stuck_0_subbank((r/2), c);
  else if ( (r % 2) == 1)
    ITOP.iow1.clear_bit_fault_stuck_0_subbank((r/2), c);
endtask
task clear_bit_fault_stuck_1;
input r;
input c;
integer r;
integer c;
  if ( (r % 2) == 0)
    ITOP.iow0.clear_bit_fault_stuck_1_subbank((r/2), c);
  else if ( (r % 2) == 1)
    ITOP.iow1.clear_bit_fault_stuck_1_subbank((r/2), c);
endtask
//VCS coverage on
`endif // STUCK
`else // EMULATION=1 
//VCS coverage off
// The emulation model is a simple model which models only basic functionality and contains no test logic or redundancy.
// The model also uses flops wherever possible. Latches are avoided to help close timing on the emulator.
// The unused pins are left floating in the model.
// Register declarations
// enables
    reg RE_FF,WE_FF,RE_LAT,WE_LAT;
// Addresses
    reg [7:0] RAFF,WAFF;
// Data
    reg [63:0] WD_FF;
    reg [63:0] RD_LAT;
// Latch the enables
//spyglass disable_block IntClock,W18
    always @(*) begin
        if (!CLK) begin
            RE_LAT <= RE;
            WE_LAT <= WE;
        end
    end
//spyglass enable_block IntClock,W18
// Flop the enables : RE/WE/RE_O
    always @(posedge CLK) begin
        RE_FF <= RE; //spyglass disable IntClock
        WE_FF <= WE; //spyglass disable IntClock
    end
// Gated clock for the read/write operations
    wire RECLK = CLK & RE_LAT; //spyglass disable GatedClock
    wire WECLK = CLK & WE_LAT; //spyglass disable GatedClock
// Flop the addresses/write data//mask 
    always @(posedge RECLK)
        RAFF <= RA; //spyglass disable IntClock
    always @(posedge WECLK) begin
        WAFF <= WA; //spyglass disable IntClock
        WD_FF <= WD; //spyglass disable IntClock
    end
// Memory
    reg [63:0] mem[255:0];
// write into the memory on negative edge of clock
   wire WRCLK = ~CLK & WE_FF ; //spyglass disable GatedClock
    always @(posedge WRCLK)
        mem[WAFF] <= WD_FF; //spyglass disable SYNTH_5130
// Read
    wire [63:0] dout;
    assign dout = mem[RAFF]; //spyglass disable SYNTH_5130
    reg [63:0] dout_LAT;
    always @(RECLK or dout)
        if (RECLK)
            dout_LAT <= dout; //spyglass disable W18
    assign RD = dout_LAT;
`endif // EMULATION
//VCS coverage on
`endif // end RAM_INTERFACE
endmodule
`endcelldefine
`ifndef RAM_INTERFACE
`ifndef EMULATION
//memory bank block
module RAM_BANK_RAMPDP_256X64_GL_M2_D2 ( WE, CLK, IDDQ, SVOP, WD, RD, RE, RA, WA
, SLEEP_EN
, RET_EN , clobber_array , clobber_flops
);
// Input/output port definitions
input WE, CLK, IDDQ , RE;
input [7:0] SVOP;
input [63:0] WD;
input [7:0] RA, WA;
output [63:0] RD;
input [7:0] SLEEP_EN;
input RET_EN , clobber_array , clobber_flops ;
// When there is no bypass requested, tie the internal bypass select to 0.
    wire RDBYP = 1'b0;
//Definitions of latches and flops in the design
// *_LAT --> Latched value
// *_LATB --> inverted latch value
// *_FF --> Flopped version
 reg RE_LATB, RE_FF, WE_LATB, WE_FF;
 reg [7:0] RADR, WADR, WAFF;
// For non-pipelined rams , capture_dis is disabled
    wire CAPT_DIS = 1'b0;
// Clamp the array access when IDDQ=1
 wire CLAMPB = ~IDDQ;
 wire latffclk = CLK;
// Latch and flop the primary control enables. This is on the unconditional clock.
// spyglass disable_block W18
 always @(*) begin
// Latch part
  if(!latffclk & !clobber_flops) begin
            RE_LATB <= ~RE ;
// Write Enable
   WE_LATB <= ~WE; // spyglass disable IntClock
  end // end if
 end // end always
 always @(*) begin
// Flop part
  if (latffclk & !clobber_flops) begin
// Flop outputs of the latches above
            WE_FF <= ~WE_LATB;
   RE_FF <= ~RE_LATB;
        end // end if
    end // end always
// spyglass enable_block W18
// Conditional clock generation.
// Write enable and clock
// Clocks are generated when the write enable OR SE == 1 , but SHOLD == 0
    wire we_se = ~WE_LATB;
 wire WRDCLK = we_se & latffclk & !clobber_flops; // spyglass disable GatedClock
 wire WADRCLK = WRDCLK;
// Read enable and clock
// There is no SHOLD dependence on the read clocks because these are implemented using loopback flops
// Clocks are generated when the Read enable OR SE == 1
    wire re_se = ~RE_LATB;
 wire RADRCLK = re_se & latffclk ;
// *** The model reads in A , writes in B ***
// Read clock to the memory is off the rising edge of clock
// CLk ==1 , when RE=1 or (SE=1 and SCRE=1) && (ACC_DIS == 1)
// SE=1 and SCRE=1 is needed to force known values into the latches for launch in testmodes.
 wire RECLK = (~RE_LATB) & CLAMPB & !clobber_flops & !RET_EN & CLK;
// Writes are shifted to the low phase of the clock
// Flopped version of the enables are used to prevent glitches in the clock
// SCWI ==1 prevents writes into the memory
    wire WECLK = WE_FF & CLAMPB & !clobber_flops & !RET_EN & ~CLK;
 wire RWSEL = WE_FF & CLAMPB & ~CLK;
// Latch read addresses
// spyglass disable_block W18
 always @(*) begin
  if(!RADRCLK & !clobber_flops) begin
   RADR <= RA;
  end // end if
 end // end always
// Flop write address
 always @(posedge WADRCLK) begin
  WAFF <= WA ;
 end
// spyglass enable_block W18
// Force the MSB's to 0 in the SCRE mode. This makes sure that we will always read in from valid addresses for resetting the output latches.
 wire [7:0] RADRSWI = RADR[7:0];
// Select the read address when CLK=1 and write addresses when CLK=0
 wire [7:0] ADR = {8{RWSEL}} & WAFF | ~{8{RWSEL}} & RADRSWI;
 wire [7:0] fusePDEC2;
 wire [7:0] fusePDEC1;
 wire [7:0] fusePDEC0;
    wire fuseien;
// Non repairable rams
    assign fusePDEC2 = {8{1'b0}};
    assign fusePDEC1 = {8{1'b0}};
    assign fusePDEC0 = {8{1'b0}};
    assign fuseien = 0;
//io part
 wire [63:0] WDQ;
 wire [63:0] WDBQ;
 wire [63:0] WMNexp;
 wire [63:0] WMNQ;
// Expand the fuse predec to 512 bits . It follows the 8x8x8 repeat pattern
// We will use only the ones needed for this particular ram configuration and ignore the rest
 wire [511:0] PDEC2 = {{64{fusePDEC2[7]}}, {64{fusePDEC2[6]}}, {64{fusePDEC2[5]}}, {64{fusePDEC2[4]}}, {64{fusePDEC2[3]}}, {64{fusePDEC2[2]}}, {64{fusePDEC2[1]}}, {64{fusePDEC2[0]}}};
 wire [511:0] PDEC1 = {8{{8{fusePDEC1[7]}}, {8{fusePDEC1[6]}}, {8{fusePDEC1[5]}}, {8{fusePDEC1[4]}}, {8{fusePDEC1[3]}}, {8{fusePDEC1[2]}}, {8{fusePDEC1[1]}}, {8{fusePDEC1[0]}}}};
 wire [511:0] PDEC0 = {64{fusePDEC0[7:0]}};
 wire [63:0] BADBIT, SHFT;
// SHIFT<*> == 1 --> No repair at that bit , 0 --> repair at that bit .
// SHIFT<X> == not(and Pdec*<X>) & SHIFT<X-1>
    assign BADBIT = {64{1'b0}};
    assign SHFT = {64{1'b1}};
    reg [63:0] WDQ_pr;
    wire [63:0] WDBQ_pr;
    assign WMNexp = {64{1'b1}};
    always @(posedge WRDCLK) begin
// Flop write data
  WDQ_pr[63:0] <= WD & WMNexp;
 end
    assign WDBQ_pr = ~WDQ_pr;
    assign WMNQ = (WDQ | WDBQ);
 assign WDQ = WDQ_pr;
 assign WDBQ = WDBQ_pr;
    reg [63:0] dout;
 wire [63:0] RD;
 wire RD_rdnt;
 wire [63:0] sel_normal, sel_redun;
// Read bypass is not used for non custom ram
 wire [63:0] RDBYPASS = {64{1'b0}};
// Read bypass will override redunancy mux .
 assign sel_redun = ~SHFT & ~RDBYPASS;
 assign sel_normal = SHFT & ~RDBYPASS;
// Non pipelined Read out. This is a 2 to 1 mux with bypass taking priority
 assign RD = sel_normal & dout | RDBYPASS & WDQ_pr;
// FOR SIMULATION ONLY. REMOVE WHEN ASSERTIONS ARE AVAILABLE!
// The following section figures out the unused address space and forces a X out on the reads/prevents writes
// #unusedbits 0 #lowcmidx 1 #cmstep 1 #cm 2 #maxaddr 256
    wire legal, tiedvalid, empadd;
    assign tiedvalid = 1'b1;
// Max address is 256 --> ['1', '1', '1', '1', '1', '1', '1', '1']
    assign empadd = 1'b0;
// It is a legal input address if it does not fall in the empty space.
    assign legal = tiedvalid & ~empadd ;
    wire [63:0] force_x;
`ifndef SYNTHESIS
    assign force_x = {64{1'bx}};
`else
    assign force_x = {64{1'b0}};
`endif
// Generate the read and write clocks for the various CM banks
    wire RdClk0,RdClk1;
    wire WrClk0,WrClk1;
    assign RdClk0 = RECLK & ~RADRSWI[0];
    assign RdClk1 = RECLK & RADRSWI[0];
    assign WrClk0 = WECLK & ~WAFF[0] & legal;
    assign WrClk1 = WECLK & WAFF[0] & legal;
    wire [63:0] rmuxd0, rmuxd1;
    wire [63:0] dout0, dout1;
// Mux the way reads onto the final read busa
// Output X's if the address is invalid
// assign rmuxd0 = legal ? {64{RdClk0}} & ~dout0 : force_x;
// assign rmuxd1 = legal ? {64{RdClk1}} & ~dout1 : force_x;
    assign rmuxd0 = {64{RdClk0}} & ~dout0 ;
    assign rmuxd1 = {64{RdClk1}} & ~dout1 ;
    always @(RECLK or rmuxd0 or rmuxd1)
    begin
        if (RECLK)
     begin
            dout[63:0] <= (rmuxd0[63:0] | rmuxd1[63:0]); // spyglass disable W18 
        end
    end
// Instantiate the memory banks. One for each CM .
    RAMPDP_256X64_GL_M2_D2_ram # (128, 64, 7) iow0 (
  WAFF[7:1],
  WrClk0,
        WMNQ,
  WDQ,
  RADRSWI[7:1],
  dout0
 );
    RAMPDP_256X64_GL_M2_D2_ram # (128, 64, 7) iow1 (
  WAFF[7:1],
  WrClk1,
        WMNQ,
  WDQ,
  RADRSWI[7:1],
  dout1
 );
`ifndef SYNTHESIS
// Tasks for initializing the arrays
// Ramgen function for writing the arrays
//VCS coverage off
task mem_write_bank;
  input [7:0] addr;
  input [63:0] data;
  reg [63:0] wdat;
  begin
    wdat = data;
    if (addr[0] == 1'b0)
        iow0.mem_wr_raw_subbank(addr[7:1], wdat);
    else if (addr[0] == 1'b1)
        iow1.mem_wr_raw_subbank(addr[7:1], wdat);
  end
endtask
// Ramgen function for reading the arrays
function [63:0] mem_read_bank;
input [7:0] addr;
reg [63:0] memout;
  begin
    if (addr[0] == 1'b0)
        memout = iow0.mem_read_raw_subbank(addr[7:1]);
    else if (addr[0] == 1'b1)
        memout = iow1.mem_read_raw_subbank(addr[7:1]);
    mem_read_bank = memout;
  end
endfunction
//VCS coverage on
`endif //SYNTHESIS
endmodule
`endif // end EMULATION
`endif // end RAM_INTERFACE 
`ifndef RAM_INTERFACE
`ifndef EMULATION
module RAMPDP_256X64_GL_M2_D2_ram (
   wadr,
   wrclk,
   wrmaskn,
   wrdata,
   radr,
   rout_B
);
// default parameters
parameter words = 128;
parameter bits = 64;
parameter addrs = 7;
// Write address
input [addrs-1:0] wadr;
// Write clock
input wrclk;
// Write data
input [bits-1:0] wrdata;
// Write Mask
input [bits-1:0] wrmaskn;
// Read address
input [addrs-1:0] radr;
// Read out
wire [bits-1:0] rdarr;
output [bits-1:0] rout_B;
// Memory . words X bits
reg [bits-1:0] arr[0:words-1];
`ifdef SIM_and_FAULT
// regs for inducing faults
reg [bits-1:0] fault_no_write; // block writes to this column
reg [bits-1:0] fault_stuck_0; // column always reads as 0
reg [bits-1:0] fault_stuck_1; // column always reads as 1
reg [bits-1:0] bit_fault_stuck_0[0:words-1]; // column always reads as 0
reg [bits-1:0] bit_fault_stuck_1[0:words-1]; // column always reads as 1
initial begin : init_bit_fault_stuck
    integer i;
    integer j;
    fault_no_write = {bits{1'b0}};
    fault_stuck_0 = {bits{1'b0}};
    fault_stuck_1 = {bits{1'b0}};
    for ( i =0; i <=words; i=i+1) begin
        bit_fault_stuck_0[i] = {bits{1'b0}};
        bit_fault_stuck_1[i] = {bits{1'b0}};
    end
end
`endif // FAULT
`ifdef SIM_and_MONITOR
//VCS coverage off
// monitor variables
reg monitor_on;
reg [words-1:0] word_written;
reg [words-1:0] word_read;
reg [bits-1:0] bit_written[0:words-1];
reg [bits-1:0] bit_read[0:words-1];
initial begin : init_monitor
  integer i;
  monitor_on = 1'b0;
  for(i=0;i<= words-1;i=i+1) begin
      word_written[i] = 1'b0;
      word_read[i] = 1'b0;
      bit_written[i] = {bits{1'bx}};
      bit_read[i] = {bits{1'bx}};
  end
end
`endif // MONITOR
//VCS coverage on
// Bit write enable
// Write only when mask=1. Else hold the data.
`ifdef SIM_and_FAULT
// Include fault registers
wire [bits-1:0] bwe = wrmaskn & ~fault_no_write;
`else //SIM_and_FAULT
wire [bits-1:0] bwe = wrmaskn ;
`endif //SIM_and_FAULT
wire [bits-1:0] bitclk = {bits{wrclk}} & bwe ;
integer i;
`ifdef SIM_and_FAULT
always @(bitclk or wadr or wrdata)
`else
always @(wrclk or wadr or wrdata)
`endif
begin
`ifdef SIM_and_FAULT
    for (i=0 ; i<bits ; i=i+1)
    begin
        if (bitclk[i])
            arr[wadr][i] <= wrdata[i]; // spyglass disable SYNTH_5130,W18
    end
`else
    if (wrclk)
        arr[wadr] <= wrdata; // spyglass disable SYNTH_5130,W18
`endif
`ifdef SIM_and_MONITOR
//VCS coverage off
    for (i=0 ; i<bits ; i=i+1)
    begin
`ifdef SIM_and_FAULT
        if (bitclk[i])
`else
        if (wrclk)
`endif // FAULT
        begin
// Check which bits are being written. Also track the values as per table below.
// 1'bx = not accessed
// 1'b0 = accessed as a 0
// 1'b1 = accessed as a 1
// 1'bz = accessed as both 0 and 1
            if (monitor_on) begin
    case (bit_written[wadr][i]) // spyglass disable SYNTH_5130,W18
     1'bx: bit_written[wadr][i] = wrdata[i];
     1'b0: bit_written[wadr][i] = wrdata[i] == 1 ? 1'bz : 1'b0;
     1'b1: bit_written[wadr][i] = wrdata[i] == 0 ? 1'bz : 1'b1;
     1'bz: bit_written[wadr][i] = 1'bz;
    endcase
            end
        end // if
    end //for
    if (monitor_on) begin
// Word is considered written if any of the bits are written
`ifdef SIM_and_FAULT
        word_written[wadr] <= |(bitclk) | word_written[wadr]; // spyglass disable SYNTH_5130,W18
`else
        word_written[wadr] <= wrclk | word_written[wadr]; // spyglass disable SYNTH_5130,W18
`endif // FAULT
    end
`endif // MONITOR
//VCS coverage on
end
`ifdef SIM_and_FAULT
// Include fault registers
wire [bits-1:0] bre = ~(bit_fault_stuck_1[radr] | bit_fault_stuck_0[radr]); // spyglass disable SYNTH_5130
`else //SIM_and_FAULT
wire [bits-1:0] bre = {bits{1'b1}};
`endif //SIM_and_FAULT
// Read the unlatched data out.
`ifdef SIM_and_FAULT
assign rdarr = (~arr[radr] | bit_fault_stuck_0[radr]) & ~bit_fault_stuck_1[radr]; // spyglass disable SYNTH_5130
`else
assign rdarr = ~arr[radr]; // spyglass disable SYNTH_5130
`endif
`ifdef SIM_and_MONITOR
//VCS coverage off
always @radr begin
// Check if a bit in the word can be read.
// 1'bx = not accessed
// 1'b0 = accessed as a 0
// 1'b1 = accessed as a 1
// 1'bz = accessed as both 0 and 1
    if (monitor_on) begin
        for (i=0; i<bits; i=i+1) begin
         if (bre[i]) begin
             case (bit_read[radr][i])
        1'bx: bit_read[radr][i] = rdarr[i];
     1'b0: bit_read[radr][i] = rdarr[i] == 1 ? 1'bz : 1'b0;
     1'b1: bit_read[radr][i] = rdarr[i] == 0 ? 1'bz : 1'b1;
     1'bz: bit_read[radr][i] = 1'bz;
          endcase
         end
     end
    end
// Word is marked read only if any of the bits are read.
    word_read[radr] = |(bre);
end
//VCS coverage on
`endif // MONITOR
`ifndef SYNTHESIS
assign #0.1 rout_B = rdarr;
`else
assign rout_B = rdarr;
`endif
`ifndef SYNTHESIS
// Task for initializing the arrays
//VCS coverage off
task mem_wr_raw_subbank;
  input [addrs-1:0] addr;
  input [63:0] data;
  begin
    arr[addr] = data;
  end
endtask
// function for array read
function [63:0] mem_read_raw_subbank;
input [addrs-1:0] addr;
 mem_read_raw_subbank = arr[addr];
endfunction
`ifdef FAULT_INJECTION
// BIST Tasks for inducing faults
// induce faults on columns
task mem_fault_no_write_subbank;
  input [bits-1:0] fault_mask;
   begin
    fault_no_write = fault_mask;
  end
endtask
// Stuck at 0 for entire memory
task mem_fault_stuck_0_subbank;
  input [bits-1:0] fault_mask;
  integer i;
   begin
    for ( i=0; i<words; i=i+1 ) begin
      bit_fault_stuck_0[i] = fault_mask;
    end
  end
endtask
// Stuck at 1 for entire memory
task mem_fault_stuck_1_subbank;
  input [bits-1:0] fault_mask;
  integer i;
   begin
    for ( i=0; i<words; i=i+1 ) begin
      bit_fault_stuck_1[i] = fault_mask;
    end
  end
endtask
// Stuck at 0 for specific bit
task set_bit_fault_stuck_0_subbank;
  input r;
  input c;
  integer r;
  integer c;
  bit_fault_stuck_0[r][c] = 1;
endtask
// Stuck at 1 for specific bit
task set_bit_fault_stuck_1_subbank;
  input r;
  input c;
  integer r;
  integer c;
  bit_fault_stuck_1[r][c] = 1;
endtask
// Clear stuck 0 at bit
task clear_bit_fault_stuck_0_subbank;
  input r;
  input c;
  integer r;
  integer c;
  bit_fault_stuck_0[r][c] = 0;
endtask
// Clear stuck 1 at bit
task clear_bit_fault_stuck_1_subbank;
  input r;
  input c;
  integer r;
  integer c;
  bit_fault_stuck_1[r][c] = 0;
endtask
//VCS coverage on
`endif //STUCK
`endif //SYNTHESIS
endmodule
`endif // end EMULATION
`endif // end RAM_INTERFACE